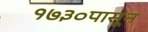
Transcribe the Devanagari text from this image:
१७३०पासून